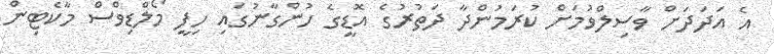
އެ އަދަދަށް ވާސިލްވުމަށް ކުރަމުންދާ ދަތުރުގެ އޮޑީގެ ހުންގާނުގައި ހިފީ މޯލްޑިވްސް މާކެޓިން